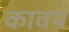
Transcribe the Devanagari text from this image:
कावयं